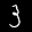
Label: 3